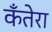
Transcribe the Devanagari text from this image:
कँतेरा